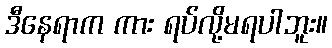
ဒီနေရာက ကား ရပ်လို့မရပါဘူး။